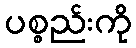
ပစ္စည်းကို